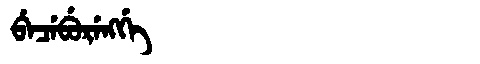
Manchu: ᠪᡝᠴᡝᠪᡠᡵᡝᠩᡤᡝ
Romanization: BECEBURENGGE